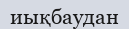
иықбаудан